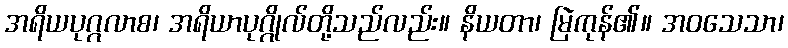
အရိယပုဂ္ဂလာစ၊ အရိယာပုဂ္ဂိုလ်တို့သည်လည်း။ နိယတာ၊ မြဲကုန်၏။ အဝသေသာ၊